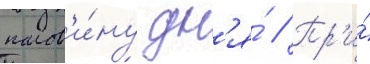
полов'и́ну дн'я́ // Пр'и́